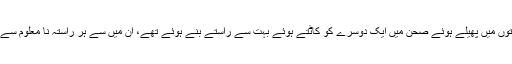
اس گھر کے لا محدود وسعتوں میں پھیلے ہوئے صحن میں ایک دوسرے کو کاٹتے ہوئے بہت سے راستے بنے ہوئے تھے، ان میں سے ہر راستہ نا معلوم سے نا معلوم کی جانب جاتا تھا۔